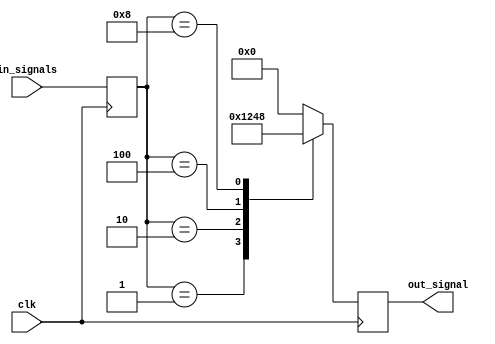
module weighted_arbiter 
(
  input wire clk,
  input wire [3:0] in_signals,
  output reg [3:0] out_signal
);

reg [3:0] priorities;

always @ (posedge clk) begin
  priorities <= in_signals; // Assign input signals as priorities
  case (priorities)
    4'b0001: out_signal <= 4'b0001; // Priority handling for input signal 1
    4'b0010: out_signal <= 4'b0010; // Priority handling for input signal 2
    4'b0100: out_signal <= 4'b0100; // Priority handling for input signal 3
    4'b1000: out_signal <= 4'b1000; // Priority handling for input signal 4
    default: out_signal <= 4'b0000; // Default case
  endcase
end
endmodule